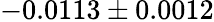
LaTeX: -0.0113\pm 0.0012